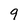
Character: 9